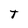
Character: T